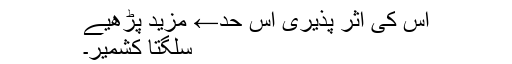
اس کی اثر پذیری اس حد← مزید پڑھیے
سُلگتا کشمیر۔